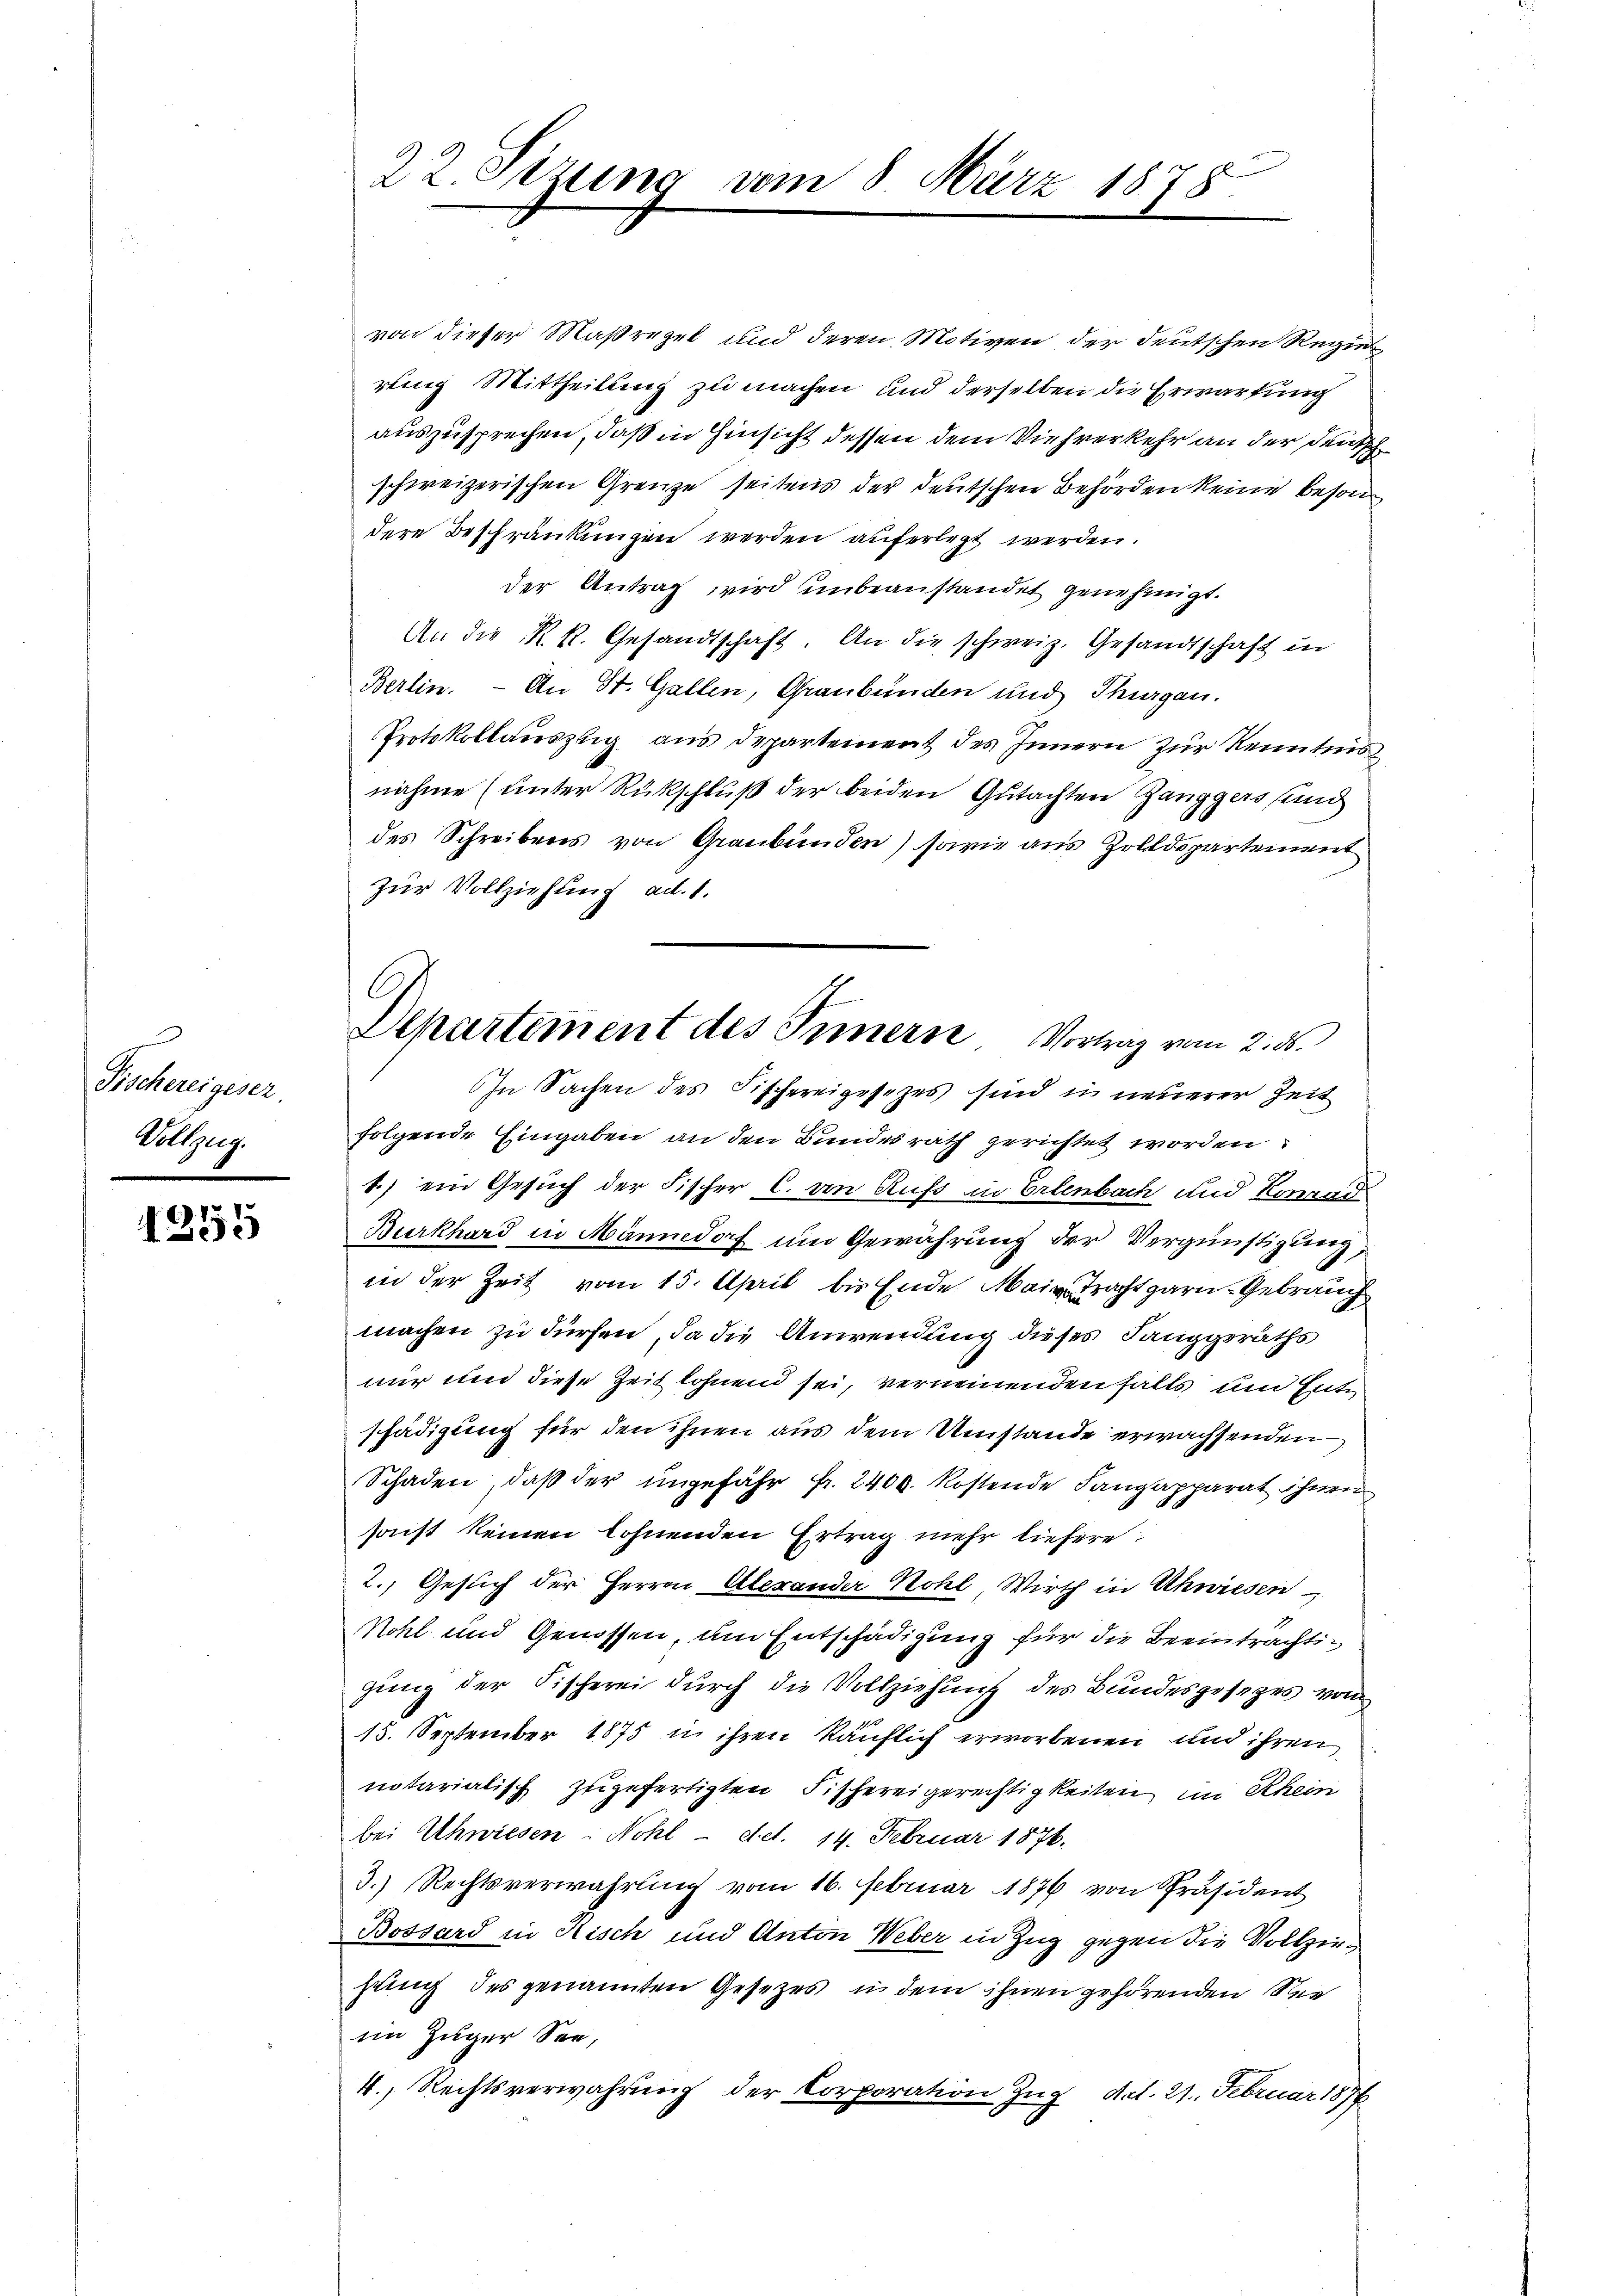
Fischereigesez
Vollzug.

1255

22. Stzung vom 8. März 1878

von dieser Maßregel und deren Motiven der deutschen Regier
rung Mittheilung zu machen und derselben die Erwartung
auszusprechen, daß in Hinsicht dessen dem Viehrerkehr an der deutsch
schweizerischen Grenze seitens der deutschen Behörden keine besond
dere Bespränkungen werden auferlegt werden.
der Antrag wird unbeanstandet genehmigt.
An die K. R. Gesandtschaft. An die schweiz. Gesandtschaft in
Berlin. - An St. Gallen, Graubünden und Thurgau.
Protokollaŭszig ans Departement des Innern zŭr Kenntnis
nahme (unter Rückschluß der beiden Gutachten Ganggers und
des Schreibens von Graubünden) sowie aus Zolldepartement
Zur Vollziehung ad. 1.
In Sachen des Fischereigesezes sind in neuerer Zeit
folgende Eingaben an den Bundesrath gerichtet worden:
1.) ein Gesuch der Fischer C. von Rufs in Erlenbach und Conrad
Burkhard in Männedorf um Gewährung der Vergünstigung,
in der Zeit vom 15. April bis Ende Main Tracht garn. Gebrauch
machen zu dürfen, da die Anwendung dieses Langgeräths
nur und diese Zeit lohnend sei, vernennenden falls und Entschädigung für den ihnen aus dem Umstände erwachsenden
Schaden, daß der ungefähr fr. 2400. Kostende Langapparat ihnen
sonst keinen lohnenden Ertrag mehr liefere:
2.) Gesuch der Herren Alexander Kohl, Wirth in Uhwiesen
Nohl und Genossen, um Entschädigung für die Beeinträchtigung der Fischerei durch die Vollziehung des Bundesgesetzes vom
15. September 1875 n ihren käuflich erworbenen und ihren
notarialisch zugefertigten Fischereigerechtigkeiten im Rhein
bei Uhwiesen - Nohl - det. 14. Februar 1876.
3.) Rechtsverwahrung vom 16. Februar 1876 von Präsident
Bossard in Nisch und Anton Weber in Zug gegen die Vollziehung des genannten Gesetzes in dem ihnen gehörenden Seeim Zuger See,
4. Rechtsverwahrung der Corporation Zug, Art. 21. Februar 1876

Departement des Innern, Vortrag vom 2. ds.